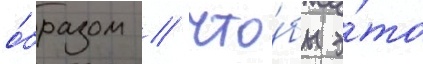
о́бразом / что́бы э́то